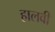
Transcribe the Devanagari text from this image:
हालवी